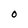
Character: O